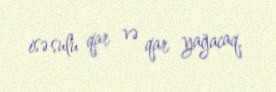
isə sulu qar və qar yağacaq.